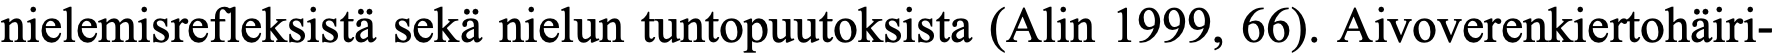
nielemisrefleksistä sekä nielun tuntopuutoksista (Alin 1999, 66). Aivoverenkiertohäiri-